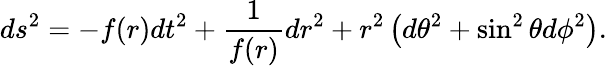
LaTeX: ds^{2}=-f(r)dt^{2}+\frac{1}{f(r)}dr^{2}+r^{2}\left(d\theta^{2}+\sin^{2}\theta d\phi^{2}\right).